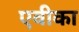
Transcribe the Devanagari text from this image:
एवीका